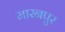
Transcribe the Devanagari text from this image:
मारनपुर